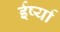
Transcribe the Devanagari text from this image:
ईर्ष्‍या